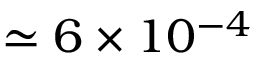
\simeq 6 \times 1 0 ^ { - 4 }